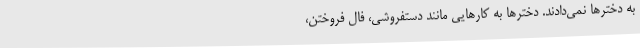
به دخترها نمی‌دادند. دخترها به کارهایی مانند دستفروشی، فال فروختن،